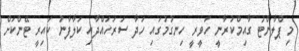
މި ޕްލާންޓު ގާއިމްކުރާނީ ހަވީރީ ހިނގުމުގައި ހަދާ ސަރަހައްދާއި ކަލާފާނު ކައިރީ ޓޭންކަށް